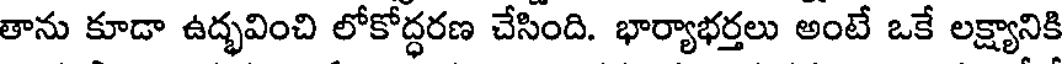
తాను కూడా ఉద్భవించి లోకోద్ధరణ చేసింది. భార్యాభర్తలు అంటే ఒకే లక్ష్యానికి